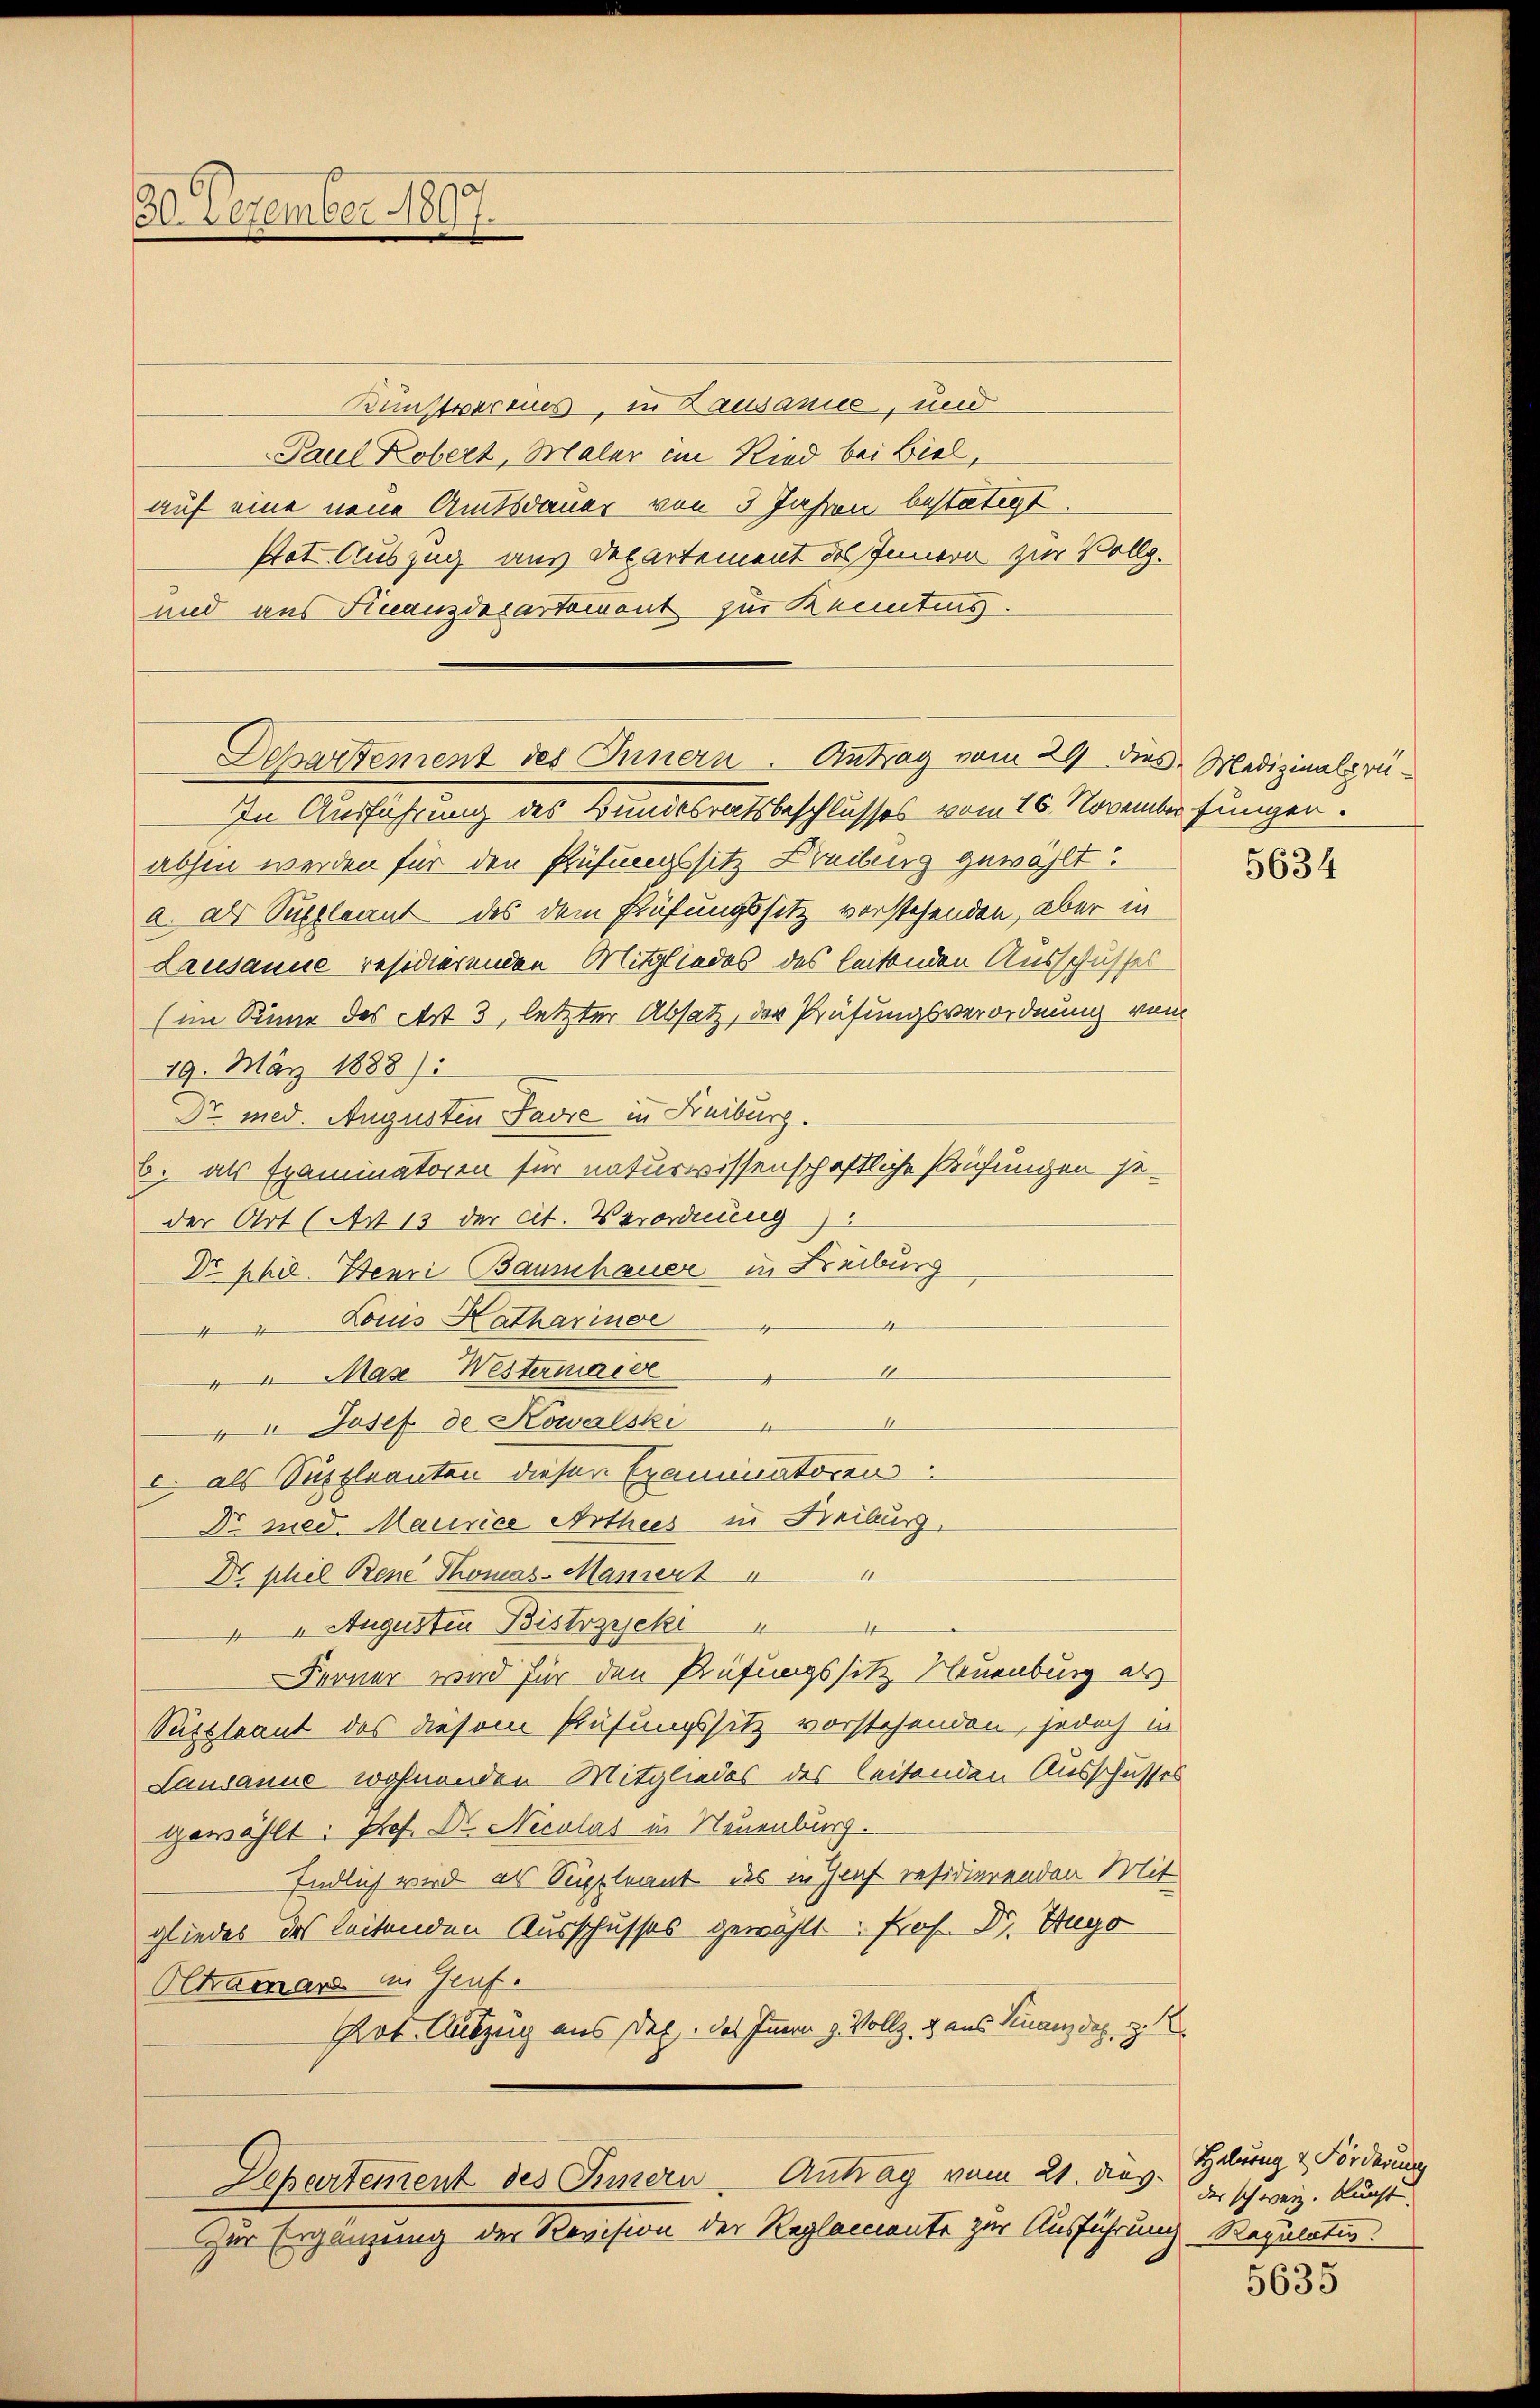
20 December 1890.
e

Kunstvereins, in Lausanie, und
Paul Kobert, Maler ein Ried bei Biel,
auf eine neue Amtsdauer von 3 Jahren bestätigt.
Pot Auszug aus Departement des Innern zur Vollz.
und aus Finanzdepartement zur Kenntens.
In Ausführung des Bundesratsbeschlusses vom 16. November fungen.
absen werden für den Prüfungssitz Freibung gewählt.
a. als Suppleant des dem Prüfungssitz vorstehenden, aber in
Lausanne residierenden Mitgliedes des leitenden Ausschüssel
(im Sinne des Art 3, letzter Absatz, der Prüfungsverordnung vom
19. März 1888):
Dr. med. Augusten Favre in Kreiburg.
6. als Examinatoren für naturwissenschaftliche Prüfungen ge-
der Art (Av 13 der cit. Verordnung
Dr phil. Benri Bauschauer in Freiburg
Rouis Kathariner
4
"
4 Max Westermaide
1
d
1
 Josef de Kowalski
c. als Suppleanten dieser Examinatoren
Dr. med. Maurice Arthees zu Freiburg.
Dr phil Bene Thomas-Maniert
4 Augusten Bistricke
Ferner wird für den Prüfungssitz Neuenburg als
Puszleant des diesem Prüfungssitz vorstehenden, jedoch in
Lausanne wohnenden Mitgliedes des leitenden Ausschusses
gewählt: Prof. Dr. Nicolas in Neuenburg.
Endlich wird als Suppleant des in Juch residierenden Mit
gliedes des leitenden Ausschusses gewählt. Prof. Dr. Hugo
Oltramar in Genf.
Pot Auszug aus Dec. das Innern v. Vollz, 2 aus Finanz der z.
Departement des Innern Antrag vom 21. das
Zur Ergänzung der Revision der Reglemente zur Ausführung Regulatio

Departement des Innern. Antrag vom 29 dies Medizinalprü¬

5634

Helung & Förderung
das schweiz. Kucht

5635